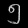
Digit: ၅